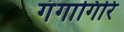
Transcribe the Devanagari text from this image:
गंगागिरि